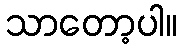
သာတော့ပါ။